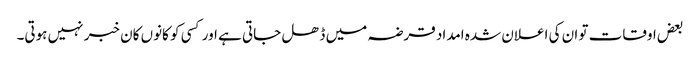
بعض اوقات تو ان کی اعلان شدہ امداد قرضہ میں ڈھل جاتی ہے اور کسی کو کانوں کان خبر نہیں ہوتی۔